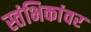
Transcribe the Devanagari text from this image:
स्तंभिकांवर